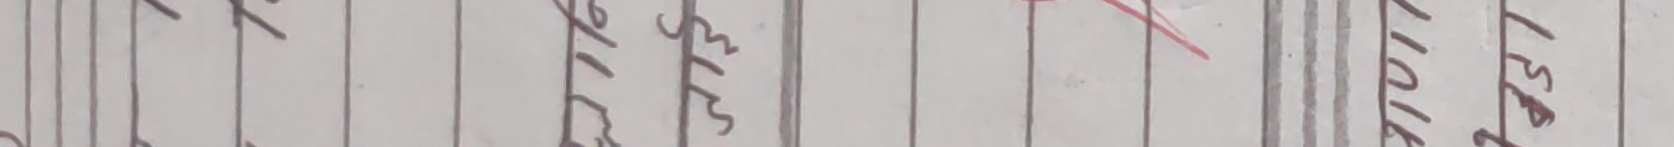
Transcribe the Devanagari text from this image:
गुल्मी
४५१/१०/६